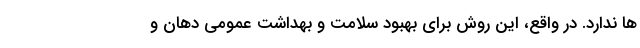
ها ندارد. در واقع، این روش برای بهبود سلامت و بهداشت عمومی دهان و